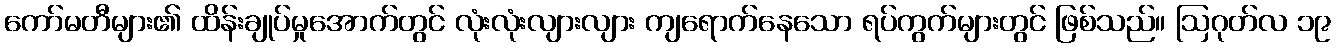
ကော်မတီများ၏ ထိန်းချုပ်မှုအောက်တွင် လုံးလုံးလျားလျား ကျရောက်နေသော ရပ်ကွက်များတွင် ဖြစ်သည်။ ဩဂုတ်လ ၁၉